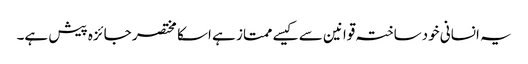
یہ انسانی خودساختہ قوانین سے کیسے ممتاز ہے اسکا مختصر جائزہ پیش ہے۔